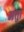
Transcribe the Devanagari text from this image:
मत्तु।